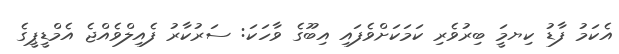
އެކަމު ފާޑު ކިޔމަީ ބިރުވެރި ކަމަކަށްވެފައި އިބޫގެ ވާހަކަ: ސަރުކާރު ފެއިލްވެއްޖެ އެމްޑީޕީގެ